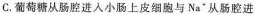
C.葡萄糖从肠腔进入小肠上皮细胞与Na’从肠腔进